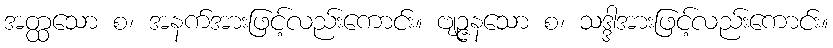
အတ္ထသော စ၊ အနက်အားဖြင့်လည်းကောင်း။ ဗျဉ္ဇနသော စ၊ သဒ္ဒါအားဖြင့်လည်းကောင်း။